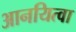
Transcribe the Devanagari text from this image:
आनयित्वा